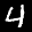
Label: 4